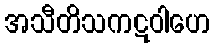
အသီတိသကဋဝါဟေ